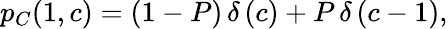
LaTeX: \begin{array}{r}{p_{C}(1,c)=(1-P)\, \delta\left(c\right)+P\, \delta\left(c-1\right),}\end{array}